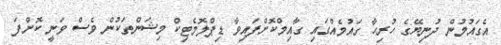
އެގައުމުން ދުނިޔޭގެ ހުރިހާ ގައުމެއްގައި ގާއިމްކޮށްފައިވާ ޑިޕްލޮމެޓިކް މިޝަންތަކުން ވެސް ވަނީ ކޮށްފަ